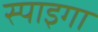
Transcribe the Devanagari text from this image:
स्पाइगा